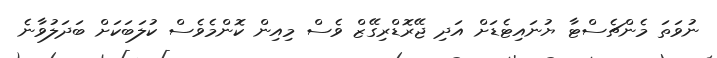
ނުވަތަ މެންޗެސްޓާ ޔުނައިޓެޑަށް އަދި ޖޭރޮޑްރިގޭޒް ވެސް މިއިން ކޮންމެވެސް ކުލަބަކަށް ބަދަލުވާނެ